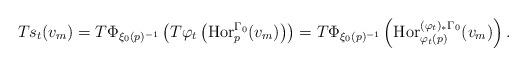
LaTeX: \begin{align*}Ts_t(v_m)=T\Phi_{\xi_0(p)^{-1}}\left(T\varphi_t\left(\operatorname{Hor}^{\Gamma_0}_p(v_m)\right)\right)=T\Phi_{\xi_0(p)^{-1}}\left(\operatorname{Hor}^{(\varphi_t)_*\Gamma_0}_{\varphi_t(p)}(v_m)\right).\end{align*}